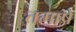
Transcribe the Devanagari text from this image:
तमाषे